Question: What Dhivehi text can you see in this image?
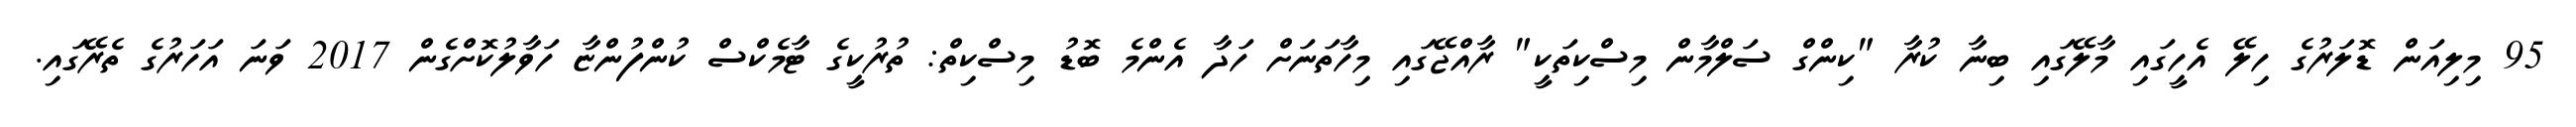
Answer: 95 މިލިއަން ޑޮލަރުގެ ހިލޭ އެހީގައި މާލޭގައި ބިނާ ކުރާ "ކިންގް ސަލްމާން މިސްކިތަކީ" ރާއްޖޭގައި މިހާތަނަށް ހަދާ އެންމެ ބޮޑު މިސްކިތް: ތުރުކީގެ ޓާމެކްސް ކުންފުންޏާ ހަވާލުކޮށްގެން 2017 ވަނަ އަހަރުގެ ތެރޭގައި.